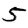
Digit: 5